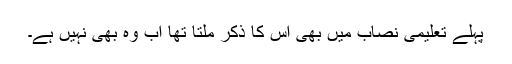
پہلے تعلیمی نصاب میں بھی اس کا ذکر ملتا تھا اب وہ بھی نہیں ہے۔